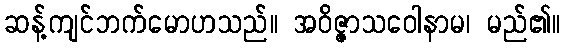
ဆန့်ကျင်ဘက်မောဟသည်။ အဝိဇ္ဇာသဝေါနာမ၊ မည်၏။